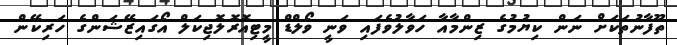
ތޫފާނުތަކަށް ނަން ކިޔުމުގެ ޒިންމާއާ ހަވާލުވެފައި ވަނީ ވޯލްޑް މީޓިއޮރޮލޮޖިކަލް އޯގައިޒޭޝަންގެ ހަރިކޭން